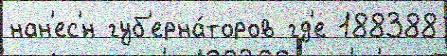
нан'ес'́н губ'ерна́торов гд'е 188388